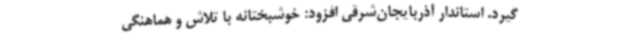
گیرد. استاندار آذربایجان‌شرقی افزود: خوشبختانه با تلاش و هماهنگی